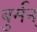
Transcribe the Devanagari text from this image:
बुर्मन्